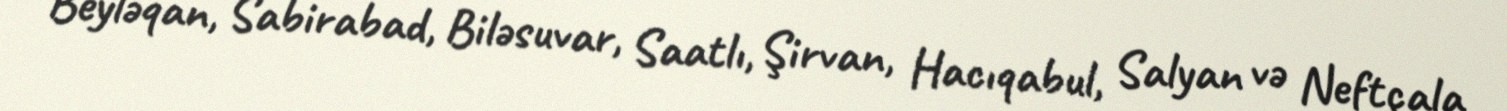
Beyləqan, Sabirabad, Biləsuvar, Saatlı, Şirvan, Hacıqabul, Salyan və Neftçala